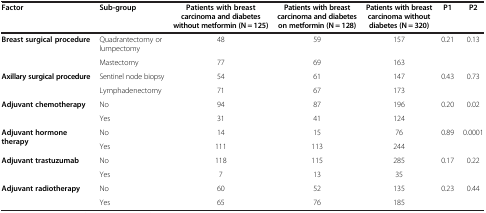
<table><thead><tr><td><b>Factor</b></td><td><b>Sub-group</b></td><td><b>Patients with breast carcinoma and diabetes without metformin (N = 125)</b></td><td><b>Patients with breast carcinoma and diabetes on metformin (N = 128)</b></td><td><b>Patients with breast carcinoma without diabetes (N = 320)</b></td><td><b>P1</b></td><td><b>P2</b></td></tr></thead><tbody><tr><td rowspan="2"><b>Breast surgical procedure</b></td><td>Quadrantectomy or lumpectomy</td><td>48</td><td>59</td><td>157</td><td>0.21</td><td>0.13</td></tr><tr><td>Mastectomy</td><td>77</td><td>69</td><td>163</td><td> </td><td> </td></tr><tr><td rowspan="2"><b>Axillary surgical procedure</b></td><td>Sentinel node biopsy</td><td>54</td><td>61</td><td>147</td><td rowspan="2">0.43</td><td rowspan="2">0.73</td></tr><tr><td>Lymphadenectomy</td><td>71</td><td>67</td><td>173</td></tr><tr><td rowspan="2"><b>Adjuvant chemotherapy</b></td><td>No</td><td>94</td><td>87</td><td>196</td><td rowspan="2">0.20</td><td rowspan="2">0.02</td></tr><tr><td>Yes</td><td>31</td><td>41</td><td>124</td></tr><tr><td rowspan="2"><b>Adjuvant hormone therapy</b></td><td>No</td><td>14</td><td>15</td><td>76</td><td rowspan="2">0.89</td><td rowspan="2">0.0001</td></tr><tr><td>Yes</td><td>111</td><td>113</td><td>244</td></tr><tr><td rowspan="2"><b>Adjuvant trastuzumab</b></td><td>No</td><td>118</td><td>115</td><td>285</td><td rowspan="2">0.17</td><td rowspan="2">0.22</td></tr><tr><td>Yes</td><td>7</td><td>13</td><td>35</td></tr><tr><td rowspan="2"><b>Adjuvant radiotherapy</b></td><td>No</td><td>60</td><td>52</td><td>135</td><td rowspan="2">0.23</td><td rowspan="2">0.44</td></tr><tr><td>Yes</td><td>65</td><td>76</td><td>185</td></tr></tbody></table>